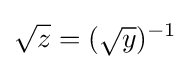
{\sqrt {z}}=({\sqrt {y}})^{-1}